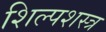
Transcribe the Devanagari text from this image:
शिल्पशस्त्र